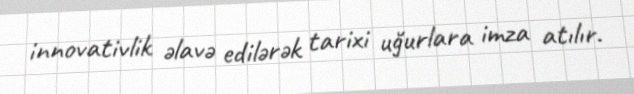
innovativlik əlavə edilərək tarixi uğurlara imza atılır.